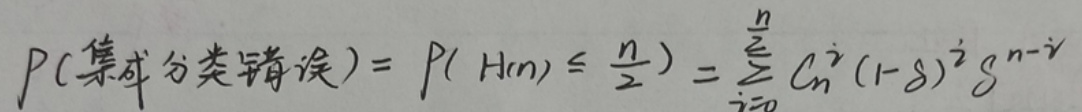
P(集成分类错误) $= P(H(n) \leq \frac{n}{2}) = \sum_{i = 0}^{\lfloor\frac{n}{2}\rfloor} C_{n}^{i}(1 - g)^{i}g^{n - i}$